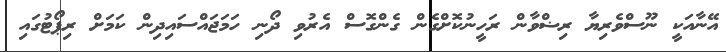
އޭނާއަކީ ނޫސްވެރިޔާ ރިޟްވާން ރަހީނުކޮށްގެން ގެންގޮސް އެރުވި ދޯނި ހަމަޖައްސައިދިން ކަމަށް ރިޕޯޓުގައި